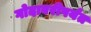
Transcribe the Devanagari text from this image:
गोदावरीपर्यंत